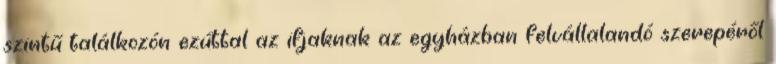
szintű találkozón ezúttal az ifjaknak az egyházban felvállalandó szerepéről